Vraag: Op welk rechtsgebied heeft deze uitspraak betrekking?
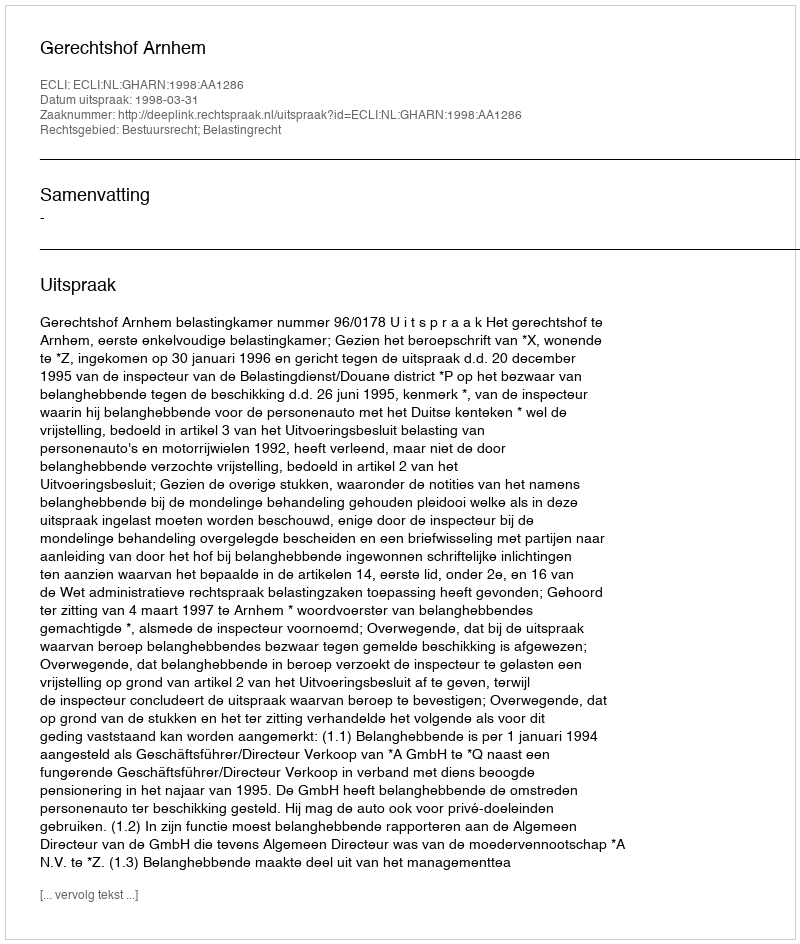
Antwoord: Bestuursrecht; Belastingrecht